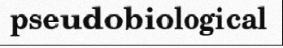
pseudobiological